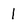
Character: 1